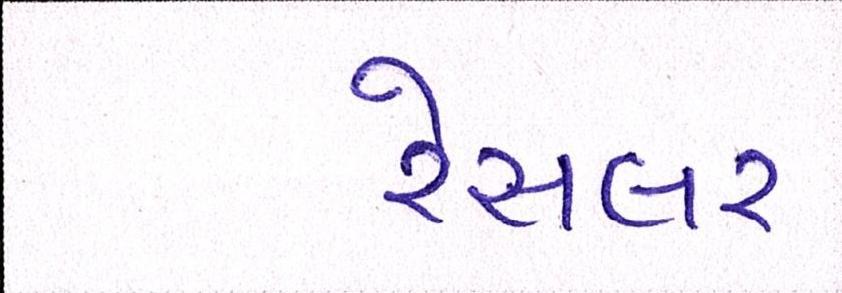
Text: રેસલર